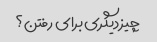
چیز دیگری برای رفتن؟